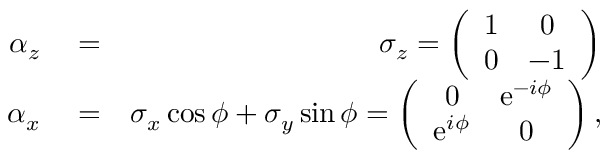
\begin{array} { r l r } { \alpha _ { z } } & { { } = } & { \sigma _ { z } = \left( \begin{array} { c c } { 1 } & { 0 } \\ { 0 } & { - 1 } \end{array} \right) } \\ { \alpha _ { x } } & { { } = } & { \sigma _ { x } \cos \phi + \sigma _ { y } \sin \phi = \left( \begin{array} { c c } { 0 } & { \mathrm { e } ^ { - i \phi } } \\ { \mathrm { e } ^ { i \phi } } & { 0 } \end{array} \right) , } \end{array}